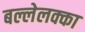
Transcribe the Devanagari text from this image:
बल्लेलक्का